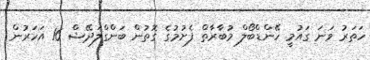
ހަތަރު ވަނަ ގައުމީ ހޭންޑްބޯލް މުބާރާތް ފެށުމުގެ ގޮތުން ބަންގްލަދޭޝް 16 އަހަރުން